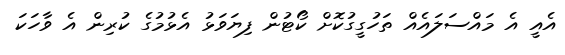
އެއީ އެ މައްސަލައެއް ތަހުގީގުކޮށް ކޯޓުން ފިޔަވަޅު އެޅުމުގެ ކުރިން އެ ވާހަކަ